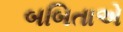
બબિતાએ